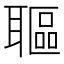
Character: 𦗛